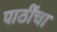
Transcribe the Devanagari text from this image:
पाठींचा